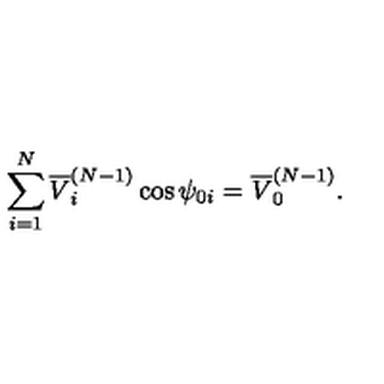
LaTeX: \sum _ { i = 1 } ^ { N } \overline { { V } } _ { i } ^ { ( N - 1 ) } \cos \psi _ { 0 i } = \overline { { V } } _ { 0 } ^ { ( N - 1 ) } .